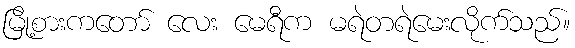
မြို့စားကတော် လေး မေရီက မရဲတရဲမေးလိုက်သည်။